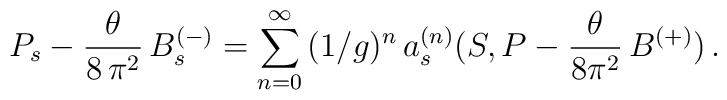
P_s - \frac{\theta}{8\, \pi^2}\, B^{(-)}_s =\sum_{n = 0}^{\infty}\,(1/g)^n\,a^{(n)}_s(S, P - \frac{\theta}{8 \pi^2} \, B^{(+)})\,.